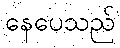
နေပေသည်